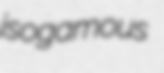
isogamous